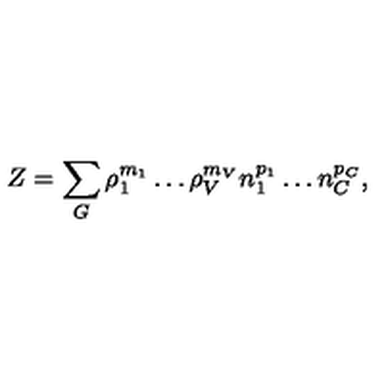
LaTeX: Z = \sum _ { G } \rho _ { 1 } ^ { m _ { 1 } } \ldots \rho _ { V } ^ { m _ { V } } n _ { 1 } ^ { p _ { 1 } } \ldots n _ { C } ^ { p _ { C } } ,